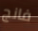
فانج